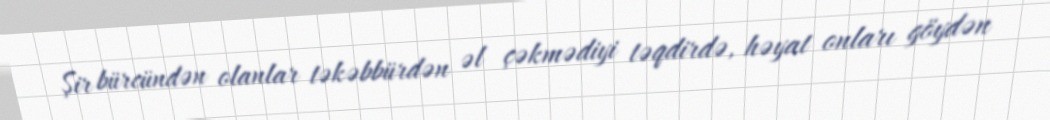
Şir bürcündən olanlar təkəbbürdən əl çəkmədiyi təqdirdə, həyat onları göydən